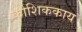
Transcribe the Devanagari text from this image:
कोशिककाय